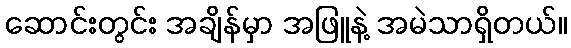
ဆောင်းတွင်း အချိန်မှာ အဖြူနဲ့ အမဲသာရှိတယ်။